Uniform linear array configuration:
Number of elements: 16
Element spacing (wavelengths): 0.25
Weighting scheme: hann
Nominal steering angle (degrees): -60
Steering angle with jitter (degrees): -59.102
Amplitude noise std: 0.05
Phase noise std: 0.05

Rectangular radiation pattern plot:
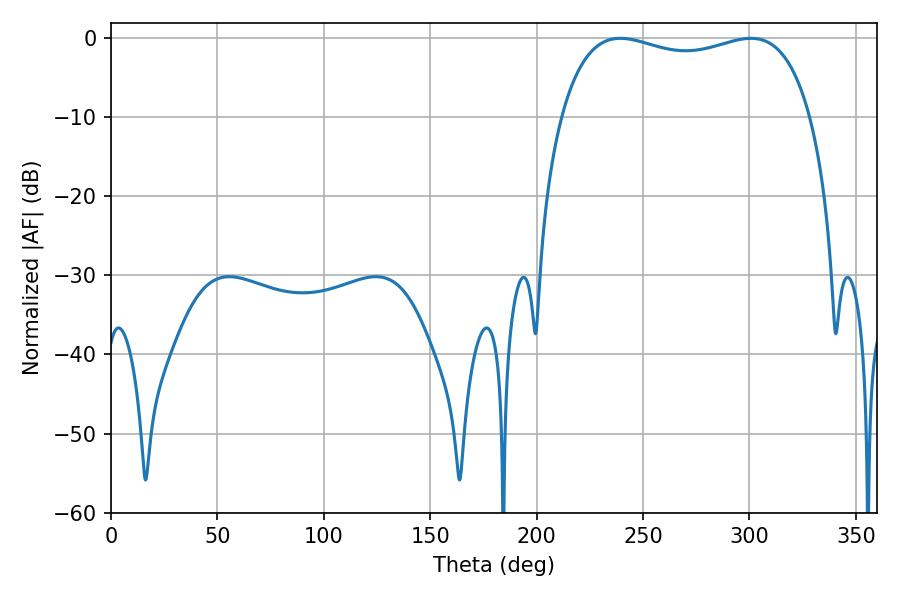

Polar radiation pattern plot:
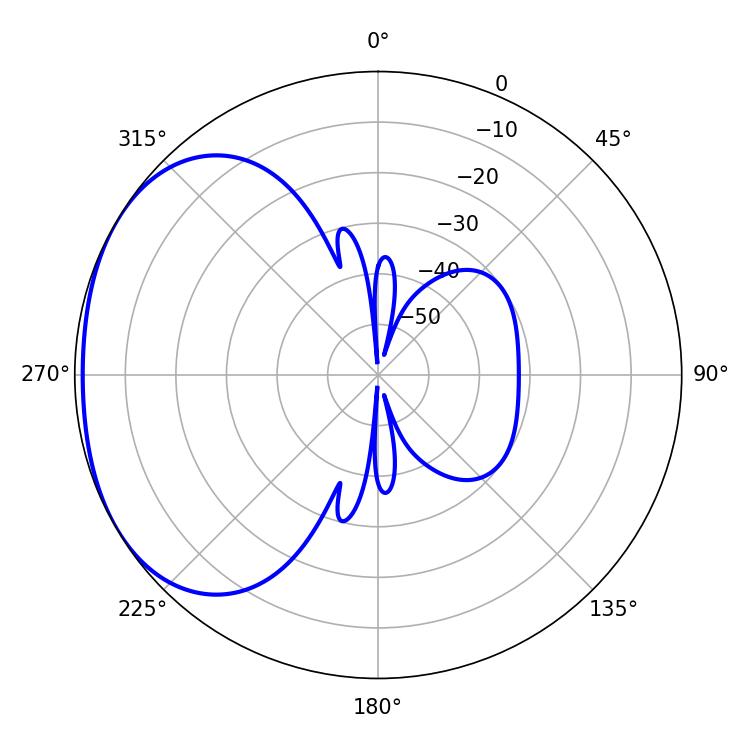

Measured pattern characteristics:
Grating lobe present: FALSE
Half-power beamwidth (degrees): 96.12
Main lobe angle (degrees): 239.22